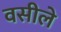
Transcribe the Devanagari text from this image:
वसीले